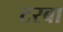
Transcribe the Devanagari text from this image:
टरबा